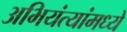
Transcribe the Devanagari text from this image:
अभियंत्यांमध्ये